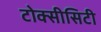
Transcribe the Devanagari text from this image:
टोक्सीसिटी